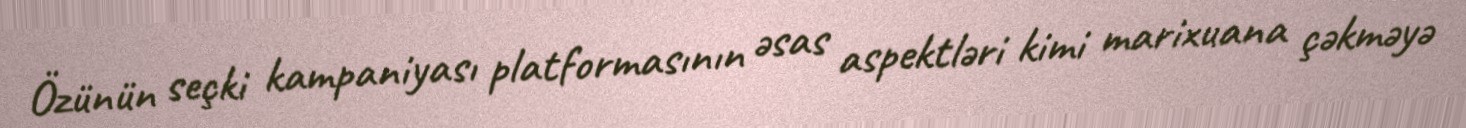
Özünün seçki kampaniyası platformasının əsas aspektləri kimi marixuana çəkməyə